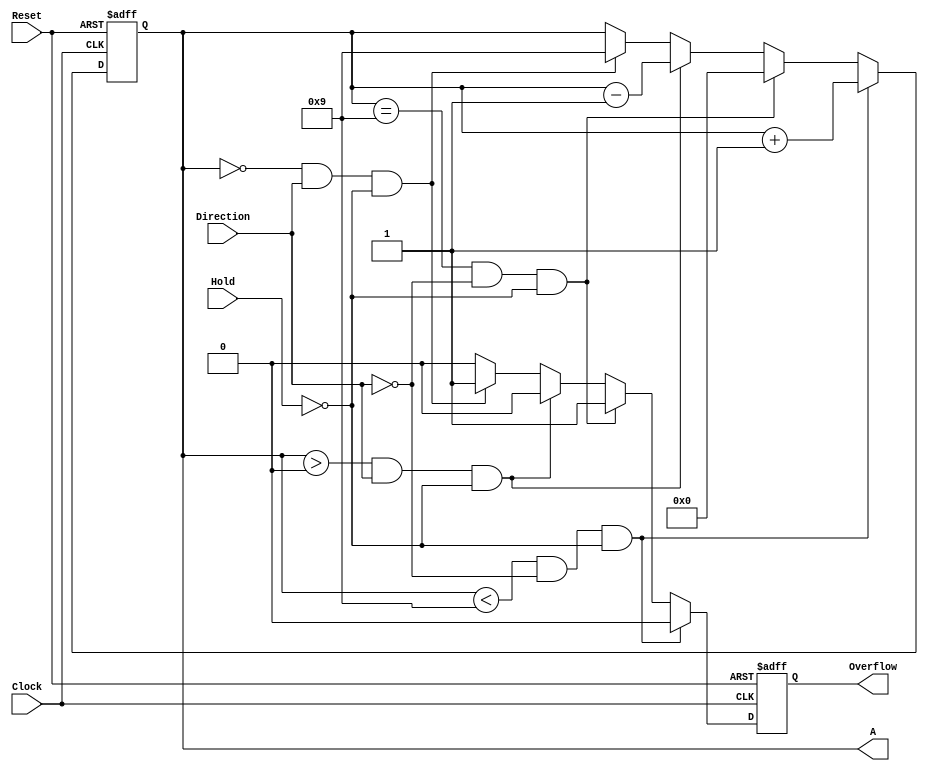
module decimal_counter(A, Overflow, Clock, Reset, Direction, Hold); //Declares the decimal_counter module

	input Clock, Reset, Direction, Hold; //Declares the Clock, Reset, Direction, Hold inputs
	output Overflow; //Declares Overflow output  
	output [3:0]A;   //Declares 4 bit output A 
	reg rOverflow;	  //Declares regsiter rOverflow
	reg [3:0]rA;	  //Declares 4 bit register rA
	
	always@(posedge Clock or negedge Reset) //Initiates always @ loop with positive edge clock trigger or negative edge Rest trigger
		if (Reset ==1'd0) //if Reset is equal to decimal zero:
			begin
			rOverflow <= 1'b0; //Set rOverflow register to binary 0
			rA <= 4'd9; //Set rA register to decimal 9 in binary
			end
		
		
		
		
		
		
		//If register rA is less than decimal 9  and direction is set to binary zero and hold is set to binary zero:
		else if ((rA < 4'd9)&&(Direction == 1'b0)&&(Hold == 1'b0))
			begin	
			rA <= rA + 1'b1;   //Add 1 binary bit to rA register
			rOverflow <= 1'b0; //Set rOverflow register to binary 0
			end
		
		//If register rA is equal to decimal 9 and direction is set to binary zero and hold is set to binary zero:
		else if ((rA == 4'd9)&&(Direction == 1'b0)&&(Hold == 1'b0))
			begin
			rA <=4'b0000; // Set rA register to binary 0000
			rOverflow <= 1'b1; //Set rOverflow register to binary 1
			end
		
		
		
		
		
		
		
		//If register rA is greater than decimal 0  and direction is set to binary 1 and hold is set to binary zero:
		else if ((rA > 4'd0)&&(Direction == 1'b1)&&(Hold == 1'b0))
			begin 
			rA <= rA - 1'b1;   //Subtract 1 binary bit from rA register
			rOverflow <= 1'b0; //Set rOverflow register to binary 0
			end
		
		//If register rA is equal to decimal 9  and direction is set to binary one and hold is set to binary zero:
		else if ((rA == 4'd0)&&(Direction == 1'b1)&&(Hold == 1'b0))
			begin
			rA <=4'b1001; // Set rA register to binary 1001
			rOverflow <= 1'b1; //Set rOverflow register to binary 1
			end
		
	





	//else statement for all other scenarios
		else
			begin
			rA <= rA; //reset register rA to current rA value
			rOverflow <= 1'b0; //Set rOverflow register to binary 0
			end
	
	assign Overflow = rOverflow; //Assigns Overflow Output to register rOverflow
	assign A = rA; // Assigns Output A to register rA
			
endmodule //ends module